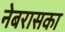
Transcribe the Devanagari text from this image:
नेबरासका